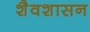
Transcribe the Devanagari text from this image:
शैवशासन